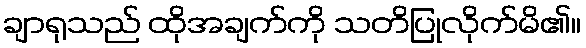
ချာရုသည် ထိုအချက်ကို သတိပြုလိုက်မိ၏။